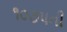
૧૦૭૫ની